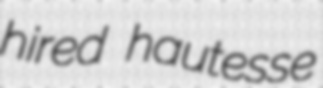
hired hautesse